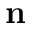
\mathbf { n }